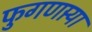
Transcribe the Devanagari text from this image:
फुगणार्‍या